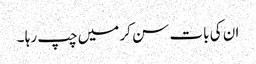
ان کی بات سن کر میں چپ رہا ۔